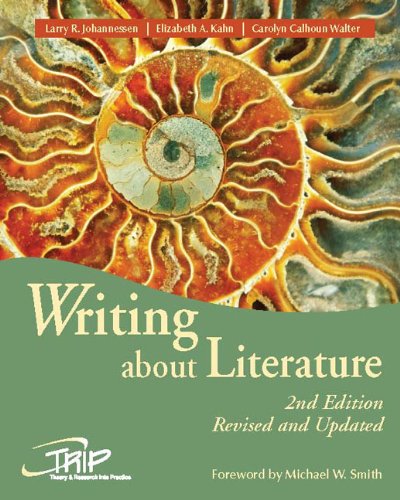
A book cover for Writing About Literature (Theory and Research Into Practice); Larry R. Johannessen; Reference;